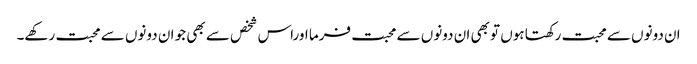
ان دونوں سے محبت رکھتا ہوں تو بھی ان دونوں سے محبت فرما اوراس شخص سے بھی جو ان دونوں سے محبت رکھے۔